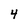
Character: 4